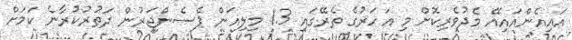
އައިއެންއައިއޭ މެދުވެރިކޮށް މި އަހަރުގެ ތެރޭގައި 1.3 މިލިއަން ޕެސެންޖަރުން ދަތުރުކުރާނެ ކަމަށް